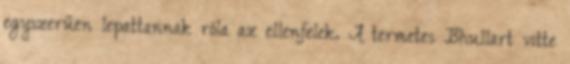
egyszerűen lepattannak róla az ellenfelek. A termetes Bhullart vitte